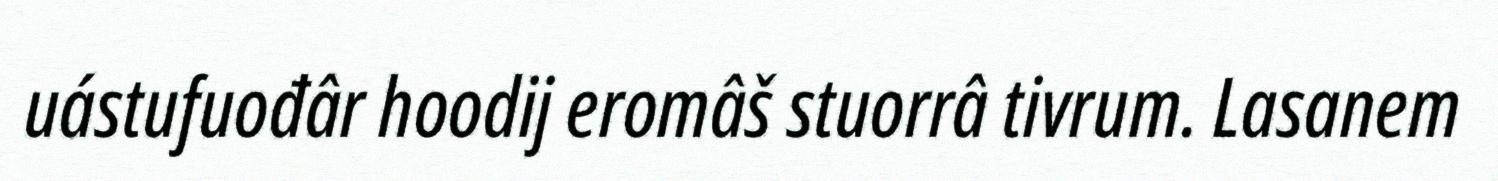
uástufuođâr hoodij eromâš stuorrâ tivrum. Lasanem